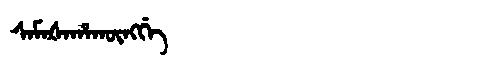
Manchu: ᠰᠠᠮᠠᡧᠠᡥᠠᡴᡡᠩᡤᡝ
Romanization: SAMAŠAHAKŪNGGE